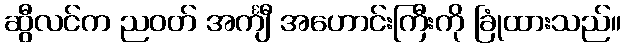
ဆွီလင်က ညဝတ် အင်္ကျီ အဟောင်းကြီးကို ခြုံထားသည်။